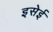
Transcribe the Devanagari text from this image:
इसेई